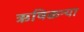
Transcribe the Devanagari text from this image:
ऋषिकन्या